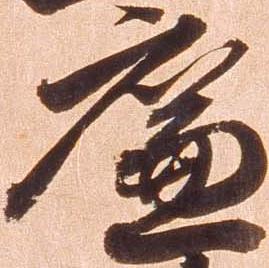
廉